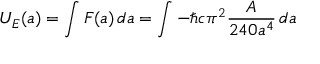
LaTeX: U _ { E } ( a ) = \int F ( a ) \, d a = \int - \hbar c \pi ^ { 2 } { \frac { A } { 2 4 0 a ^ { 4 } } } \, d a